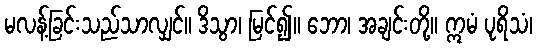
မလန့်ခြင်းသည်သာလျှင်။ ဒိသွာ၊ မြင်၍။ ဘော၊ အချင်းတို့။ ဣမံ ပုရိသံ၊